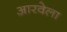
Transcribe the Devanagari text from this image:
आरवेला